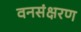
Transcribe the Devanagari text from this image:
वनसंक्षरण